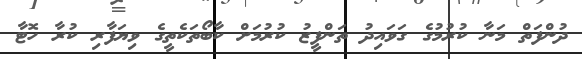
ދުންފަތް މަނާ ކުރުމުގެ ގަވައިދު ތަންފީޒު ކުރުމަށް ކާބޯތަކެތީގެ ވިޔަފާރި ކުރާ ހޮޓާ